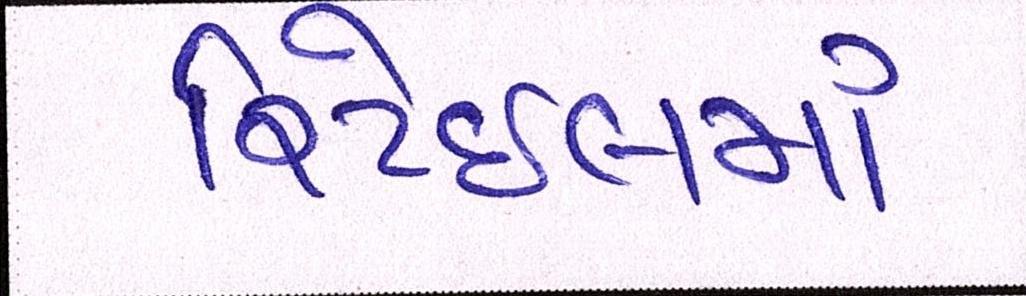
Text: રિટેઈલમાં